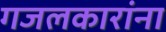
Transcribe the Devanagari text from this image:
गजलकारांना